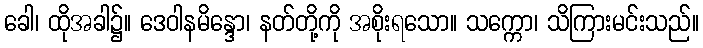
ခေါ၊ ထိုအခါ၌။ ဒေဝါနမိန္ဒော၊ နတ်တို့ကို အစိုးရသော။ သက္ကော၊ သိကြားမင်းသည်။